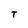
Character: T